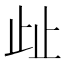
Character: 𣥖